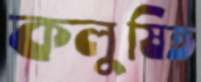
কলুষিত